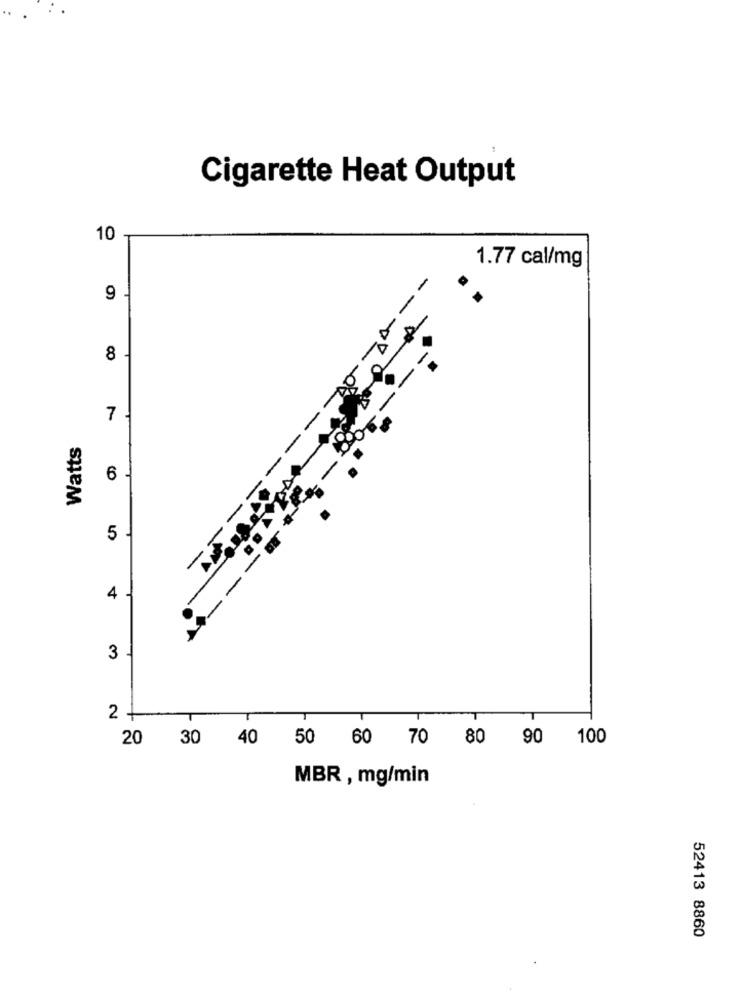
Cigarette Heat Output
10
1.77 cal/mg
9
--
8 -
7 .
Watts
--
6
5
4
3
-
2 -
20 30 40 50 60 70 80 90 100
MBR , mg/min
52413 8860